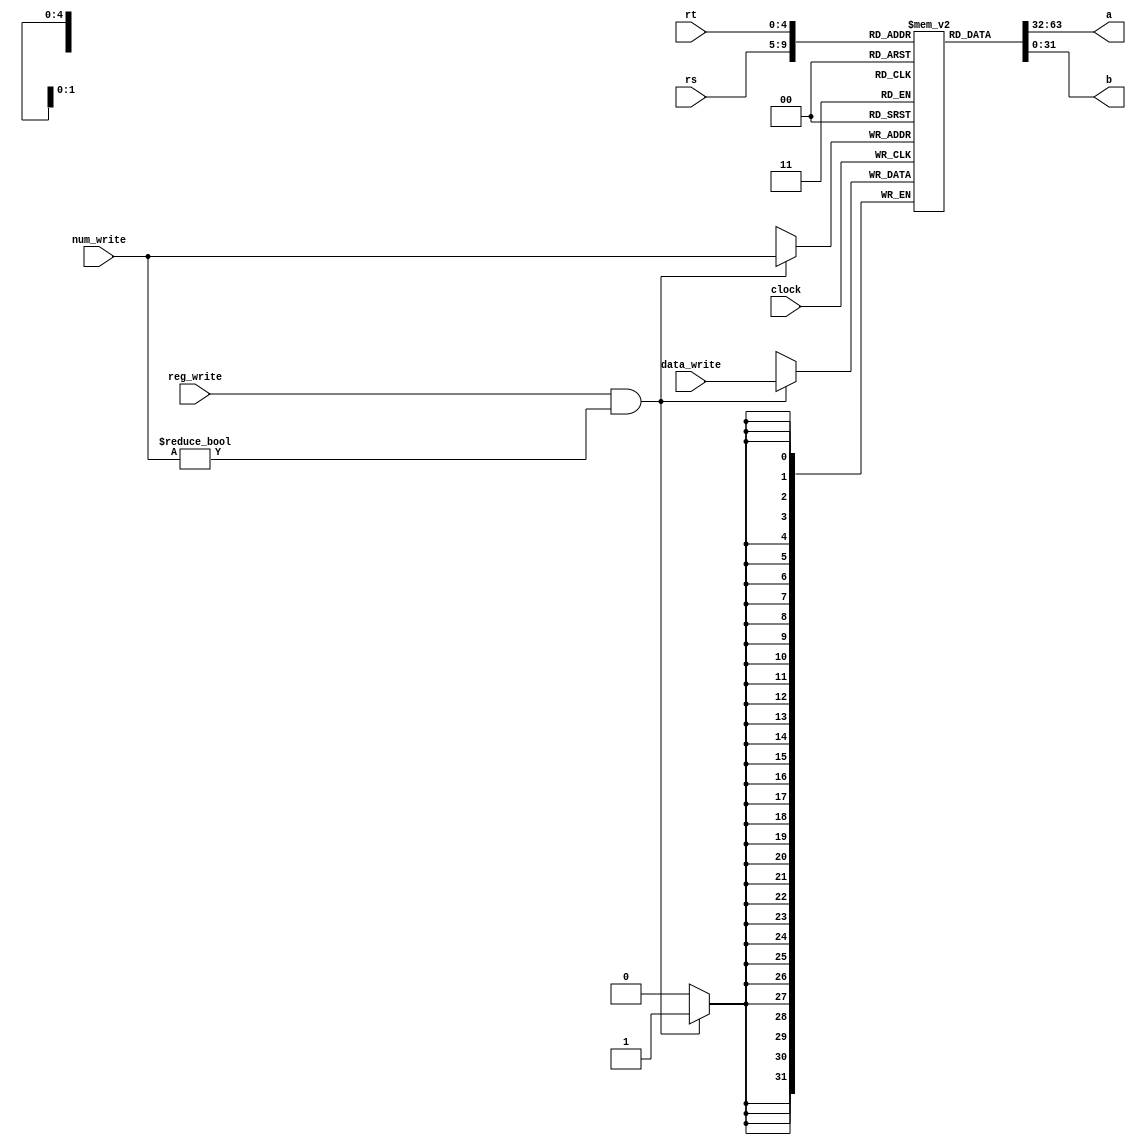
module gpr(a,b,clock,reg_write,num_write,rs,rt,data_write);

	output reg [31:0] a;  
	output reg [31:0] b;
	input clock;
	input reg_write;
	input [4:0] rs; //1
	input [4:0] rt; //2
	input [4:0] num_write; //
	input [31:0] data_write; //
	reg [31:0] gp_registers[31:0];  //32
	
	initial
	begin
		gp_registers[0] = 32'h00000000;
	end

	always@(*)					//read
	begin
		a <= gp_registers[rs];
		b <= gp_registers[rt];
	end
	
	always@(posedge clock)		//write
	begin
		if(reg_write&& num_write!=0)
			gp_registers[num_write] = data_write;
	end
	
endmodule